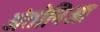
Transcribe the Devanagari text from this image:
अंतोनिओ